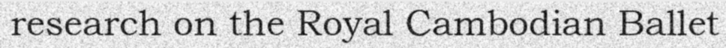
research on the Royal Cambodian Ballet